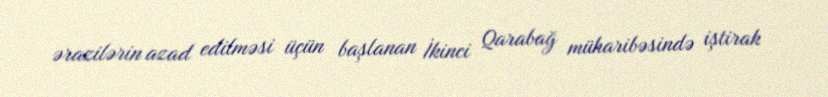
ərazilərin azad edilməsi üçün başlanan İkinci Qarabağ müharibəsində iştirak